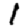
Digit: 1